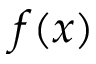
f ( x )